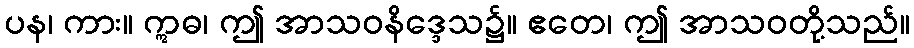
ပန၊ ကား။ ဣဓ၊ ဤ အာသဝနိဒ္ဒေသ၌။ ဧတေ၊ ဤ အာသဝတို့သည်။